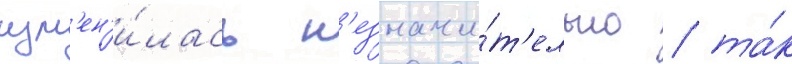
изм'ен'и́лась н'езначи́т'ельно / та́к